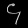
Digit: ၄